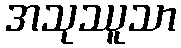
အသုဿူသာ